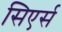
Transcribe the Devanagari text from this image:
सिएर्स